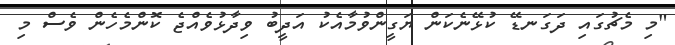
"މި މެޗުގައި ދަގަނޑޭ ކުޅޭނެކަން ޔަގީންވުމާއެކު އަދީބު ވިދާޅުވެއްޖެ ކޮންމެހެން ވެސް މި